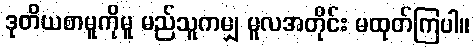
ဒုတိယစာမူကိုမူ မည်သူကမျှ မူလအတိုင်း မထုတ်ကြပါ။